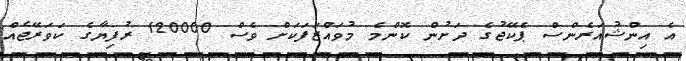
އެ އިންޝުއަރެންސް ޕެކޭޖުގެ ދަށުން ކޮންމެ މުވައްޒަފަކަށް ވެސް 120000 ރުފިޔާގެ ކަވަރޭޖެއް